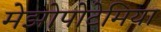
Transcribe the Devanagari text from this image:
मेझोपोटेमिया